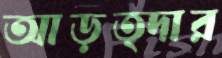
আড়ত্দার